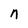
Character: n